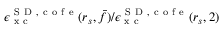
\epsilon _ { \mathrm { ~ x ~ c ~ } } ^ { { \mathrm { ~ S ~ D ~ } } , \mathrm { ~ c ~ o ~ f ~ e ~ } } ( r _ { s } , \bar { f } ) / \epsilon _ { \mathrm { ~ x ~ c ~ } } ^ { { \mathrm { ~ S ~ D ~ } } , \mathrm { ~ c ~ o ~ f ~ e ~ } } ( r _ { s } , 2 )